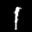
Label: 1